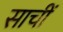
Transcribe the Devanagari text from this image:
साचीं